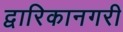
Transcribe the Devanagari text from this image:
द्वारिकानगरी